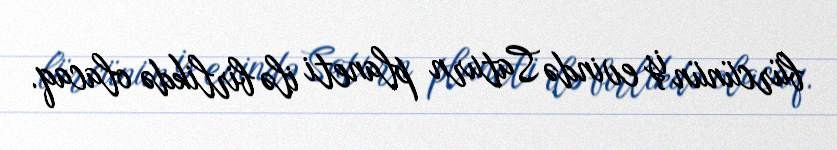
bürcünün iş evində Saturn planeti ilə birlikdə olacaq.